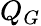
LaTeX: Q_{G}